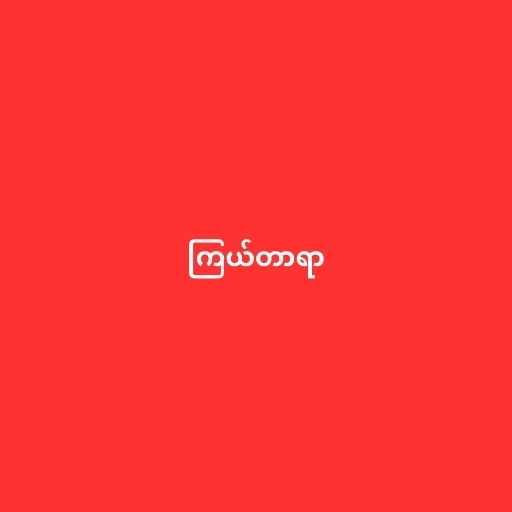
ကြယ်တာရာ